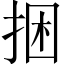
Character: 捆